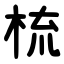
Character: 梳